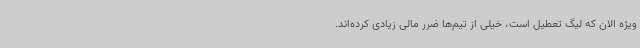
ویژه الان که لیگ تعطیل است، خیلی از تیم‌ها ضرر مالی زیادی کرده‌اند.